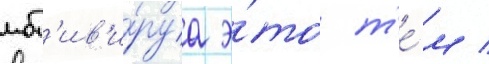
мот'ив'и́руа э́то т'е́м /